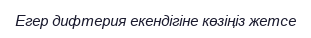
Егер дифтерия екендігіне көзіңіз жетсе